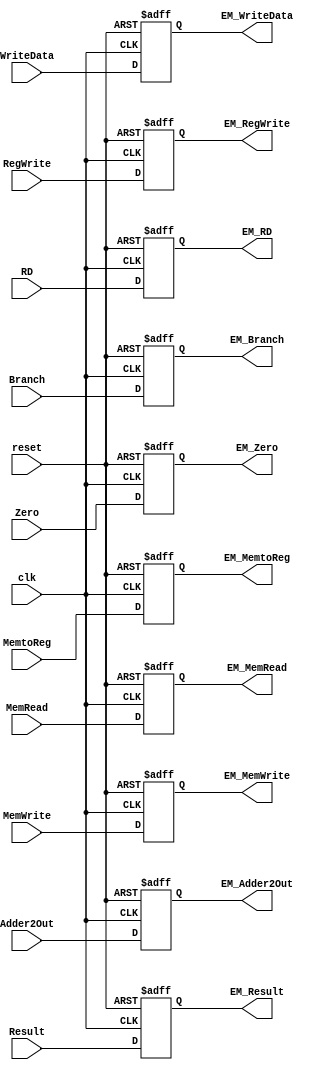
`timescale 1ns / 1ps
//////////////////////////////////////////////////////////////////////////////////
// Company: 
// Engineer: 
// 
// Design Name: 
// Module Name: EX_MEM
// Project Name: 
// Target Devices: 
// Tool Versions: 
// Description: 
// 
// Dependencies: 
// 
// Revision:
// Revision 0.01 - File Created
// Additional Comments:
// 
//////////////////////////////////////////////////////////////////////////////////

module EX_MEM(
    input clk, reset,
    input Branch, MemRead, MemWrite, MemtoReg, RegWrite, 
    input Zero,
    input [4:0] RD, 
    input [63:0] Adder2Out, Result, WriteData,
    output reg EM_Branch, EM_MemRead, EM_MemWrite, EM_MemtoReg, EM_RegWrite,
    output reg EM_Zero,
    output reg [4:0] EM_RD,
    output reg [63:0] EM_Adder2Out, EM_Result, EM_WriteData
    );
always @(posedge clk or posedge reset) begin
    if (reset == 1'b1) begin
        EM_Branch = 0; EM_MemRead = 0; EM_MemWrite = 0; EM_MemtoReg = 0;
        EM_RegWrite = 0; EM_Zero = 0; EM_RD = 0; EM_Adder2Out = 0;
        EM_Result = 0; EM_WriteData = 0;
    end
    else begin
        EM_Branch = Branch; EM_MemRead = MemRead; EM_MemWrite = MemWrite; 
        EM_MemtoReg = MemtoReg; EM_RegWrite = RegWrite; EM_Zero = Zero; 
        EM_RD = RD; EM_Adder2Out = Adder2Out; EM_Result = Result; 
        EM_WriteData = WriteData;
    end 
end
endmodule